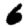
Digit: 6